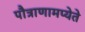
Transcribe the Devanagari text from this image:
पौत्राणामप्येते